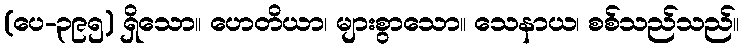
(ပေ-၃၉၅) ရှိသော။ ဟေတိယာ၊ များစွာသော။ သေနာယ၊ စစ်သည်သည်။